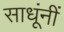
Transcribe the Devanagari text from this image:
साधूंनीं